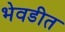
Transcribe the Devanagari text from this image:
भेवडीत